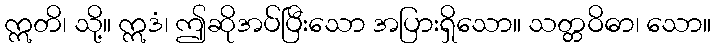
ဣတိ၊ သို့။ ဣဒံ၊ ဤဆိုအပ်ပြီးသော အပြားရှိသော။ သတ္တဝိဓာ၊ သော။